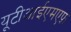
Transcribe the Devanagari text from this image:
यूटीआईएमएफ़